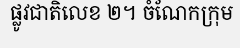
ផ្លូវជាតិលេខ ២។ ចំណែកក្រុម